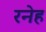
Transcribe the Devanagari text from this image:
रनेह